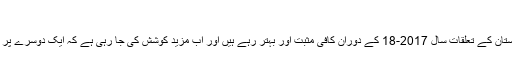
توقعات اور امکانات
بعض عالمی اور علاقائی سازشوں اور کوششوں کے برعکس پاکستان اور افغانستان کے تعلقات سال 2017-18 کے دوران کافی مثبت اور بہتر رہے ہیں اور اب مزید کوشش کی جا رہی ہے کہ ایک دوسرے پر اعتماد کر کے عالمی اور علاقائی طاقتوں کے کردار پر انحصار کم کیا جائے۔